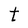
Character: t